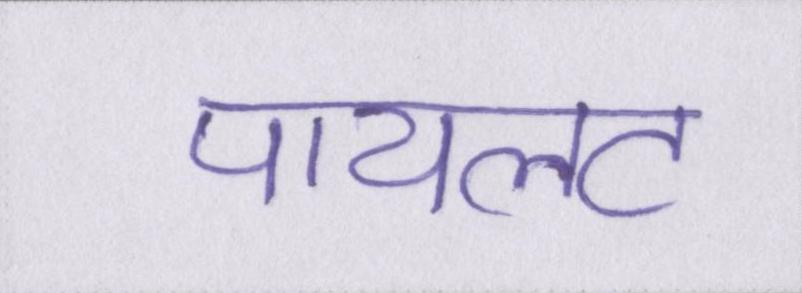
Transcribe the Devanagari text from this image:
पायलट